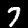
Label: 7